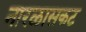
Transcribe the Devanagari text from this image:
नारळासकट